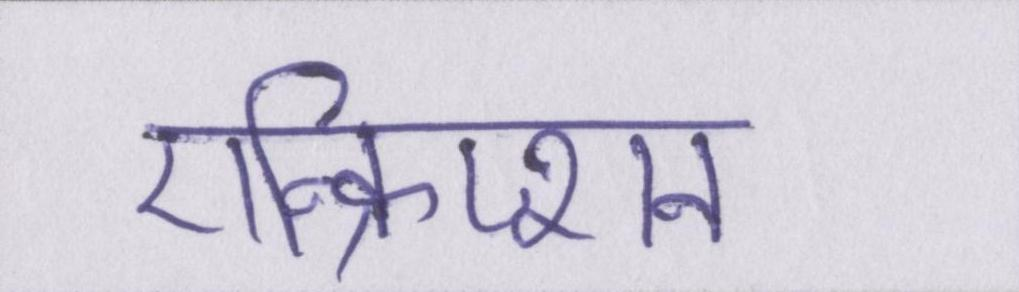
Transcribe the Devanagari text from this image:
एन्क्रिप्शन